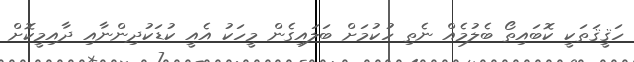
ހަޤީޤަތަކީ ކޮބައިތޯ ބެލުމެއް ނެތި ހުކުމަށް ބަލައިގެން މީހަކު އެއީ ކުޑަކުދިންނާއި ދާއިމީކޮށް